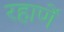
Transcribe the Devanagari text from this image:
रहाणें